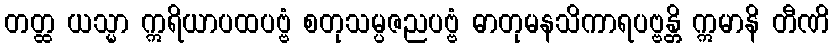
တတ္ထ ယသ္မာ ဣရိယာပထပဗ္ဗံ စတုသမ္ပဇညပဗ္ဗံ ဓာတုမနသိကာရပဗ္ဗန္တိ ဣမာနိ တီဏိ